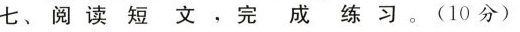
七、阅读短文，完成练习。(10分)